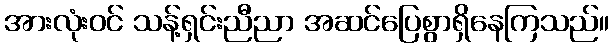
အားလုံးဝင် သန့်ရှင်းညီညာ အဆင်ပြေစွာရှိနေကြသည်။